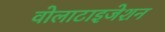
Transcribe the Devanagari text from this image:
वोलाटाइजेशन